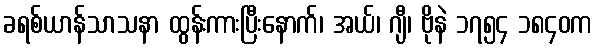
ခရစ်ယာန်သာသနာ ထွန်းကားပြီးနောက်၊ အယ်၊ ဂျီ၊ ဗိုနဲ ၁၇၅၄ ၁၈၄၀က